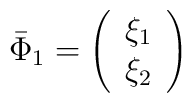
\bar \Phi _1=\left(\begin{array}{c}\xi _1 \\\xi _2\end{array}\right)